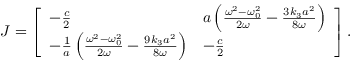
\boldsymbol J = \left[ \begin{array} { l l } { - \frac { c } { 2 } } & { a \left( \frac { \omega ^ { 2 } - \omega _ { 0 } ^ { 2 } } { 2 \omega } - \frac { 3 k _ { 3 } a ^ { 2 } } { 8 \omega } \right) } \\ { - \frac { 1 } { a } \left( \frac { \omega ^ { 2 } - \omega _ { 0 } ^ { 2 } } { 2 \omega } - \frac { 9 k _ { 3 } a ^ { 2 } } { 8 \omega } \right) } & { - \frac { c } { 2 } } \end{array} \right] .